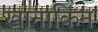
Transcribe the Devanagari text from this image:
खानाकिन